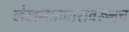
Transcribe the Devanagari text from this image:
लेखनप्रकारावरूनच